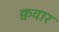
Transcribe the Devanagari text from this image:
क्ववार